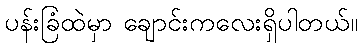
ပန်းခြံထဲမှာ ချောင်းကလေးရှိပါတယ်။